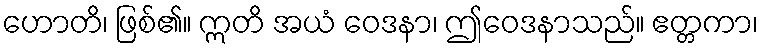
ဟောတိ၊ ဖြစ်၏။ ဣတိ အယံ ဝေဒနာ၊ ဤဝေဒနာသည်။ ဧတ္တကာ၊